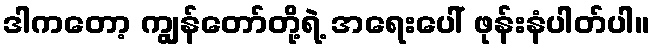
ဒါကတော့ ကျွန်တော်တို့ရဲ့ အရေးပေါ် ဖုန်းနံပါတ်ပါ။